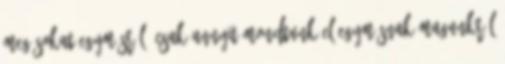
meg sokat egymásról, csak annyit mondtunk el egymásnak magunkról